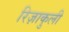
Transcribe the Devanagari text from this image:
रिज़ाकुली